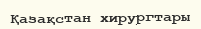
Қазақстан хирургтары